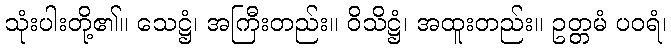
သုံးပါးတို့၏။ သေဋ္ဌံ၊ အကြီးတည်း။ ဝိသိဋ္ဌံ၊ အထူးတည်း။ ဥတ္တမံ ပဝရံ၊